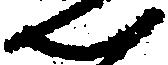
ん